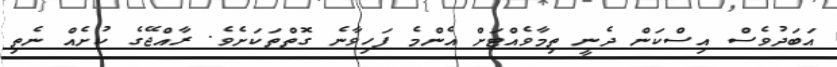
އަބަދުވެސް އިސްކަން ދެނީ ތިމާވެއްޓަށް އެންމެ ފަހިވާނެ ގޮތްތަކަށެވެ. ރާއްޖޭގެ ކުށެއް ނެތި